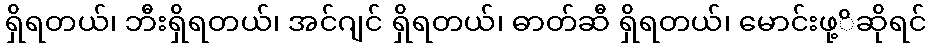
ရှိရတယ်၊ ဘီးရှိရတယ်၊ အင်ဂျင် ရှိရတယ်၊ ဓာတ်ဆီ ရှိရတယ်၊ မောင်းဖု့ိဆိုရင်